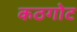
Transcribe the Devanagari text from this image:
कठगोट